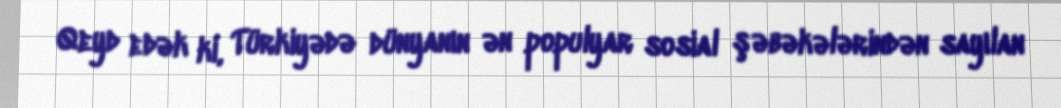
Qeyd edək ki, Türkiyədə dünyanın ən populyar sosial şəbəkələrindən sayılan